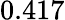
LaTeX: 0.417